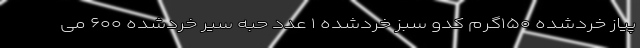
پیاز خرد‌شده ۱۵۰‌گرم کدو سبز خرد‌شده ۱ عدد حبه سیر خرد‌شده ۶۰۰ می